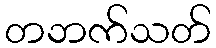
တဘက်သတ်